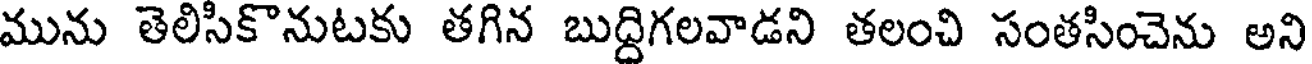
మును తెలిసికొనుటకు తగిన బుద్దిగలవాడని తలంచి సంతసించెను అని